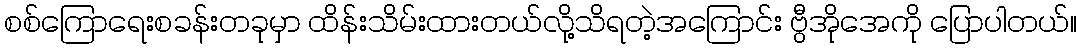
စစ်ကြောရေးစခန်းတခုမှာ ထိန်းသိမ်းထားတယ်လို့သိရတဲ့အကြောင်း ဗွီအိုအေကို ပြောပါတယ်။